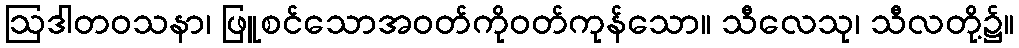
ဩဒါတဝသနာ၊ ဖြူစင်သောအဝတ်ကိုဝတ်ကုန်သော။ သီလေသု၊ သီလတို့၌။